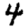
Digit: 4